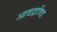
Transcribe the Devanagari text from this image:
आद्यद्राविड